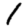
Digit: 1